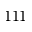
1 1 1